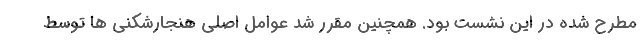
مطرح شده در این نشست بود. همچنین مقرر شد عوامل اصلی هنجارشکنی ها توسط